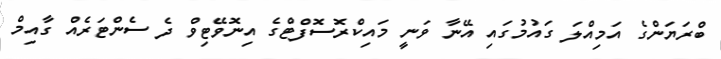
ބްރަޔަންގެ އަމިއްލަ ގައުމުގައި އޭނާ ވަނީ މައިކްރޮސޮފްޓްގެ އިނޮވޭޓިވް ދެ ސެންޓަރެއް ގާއިމް